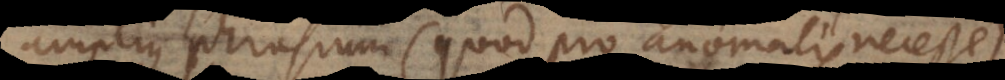
amplius phrasium (quod pro anomalis necesse)